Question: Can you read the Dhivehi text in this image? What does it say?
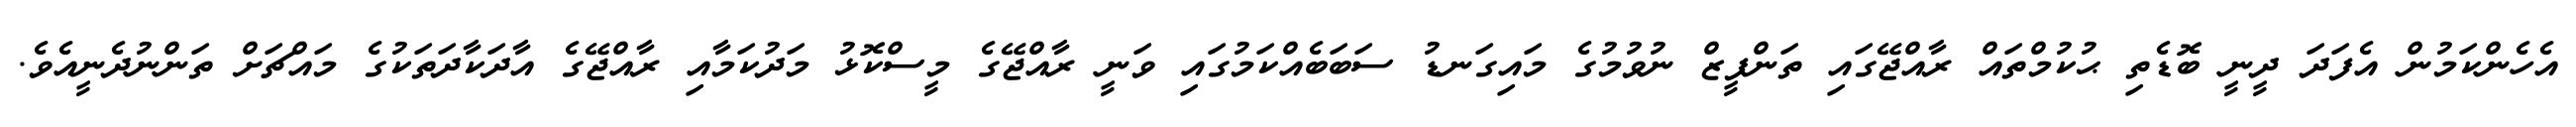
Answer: އެހެންކަމުން އެފަދަ ދީނީ ބޮޑެތި ޙުކުމްތައް ރާއްޖޭގައި ތަންފީޒް ނުވުމުގެ މައިގަނޑު ސަބަބެއްކަމުގައި ވަނީ ރާއްޖޭގެ މީސްކޮޅު މަދުކަމާއި ރާއްޖޭގެ އާދަކާދަތަކުގެ މައްޗަށް ތަންނުދެނީއެވެ.